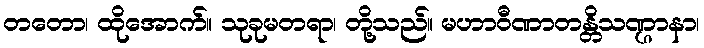
တတော၊ ထိုအောက်။ သုခုမတရာ၊ တို့သည်။ မဟာဝီဏာတန္တိသဏ္ဌာနာ၊